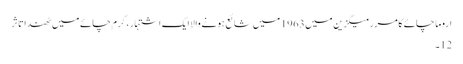
اروما چائے کا مرر میگزین میں1963 میں شائع ہونے والا ایک اشتہار ، گرم چائے میں ٹھندا تاثر
12۔